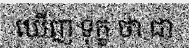
ឃើញ ទុក្ខ ថា ជា